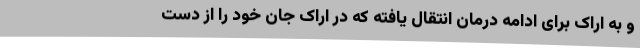
و به اراک برای ادامه درمان انتقال یافته که در اراک جان خود را از دست